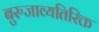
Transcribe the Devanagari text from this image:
बुरुजाव्यतिरिक्त